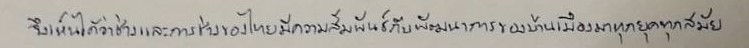
จึงเห็นได้ว่าช่างและการช่างของไทยมีความสัมพันธ์กับพัฒนาการของบ้านเมืองมาทุกยุคทุกสมัย